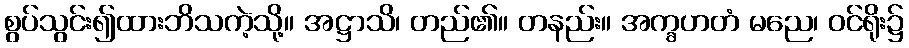
စွပ်သွင်း၍ထားဘိသကဲ့သို့။ အဋ္ဌာသိ၊ တည်၏။ တနည်း။ အက္ခဟတံ မညေ၊ ဝင်ရိုး၌